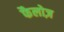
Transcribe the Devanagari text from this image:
फैलोज़